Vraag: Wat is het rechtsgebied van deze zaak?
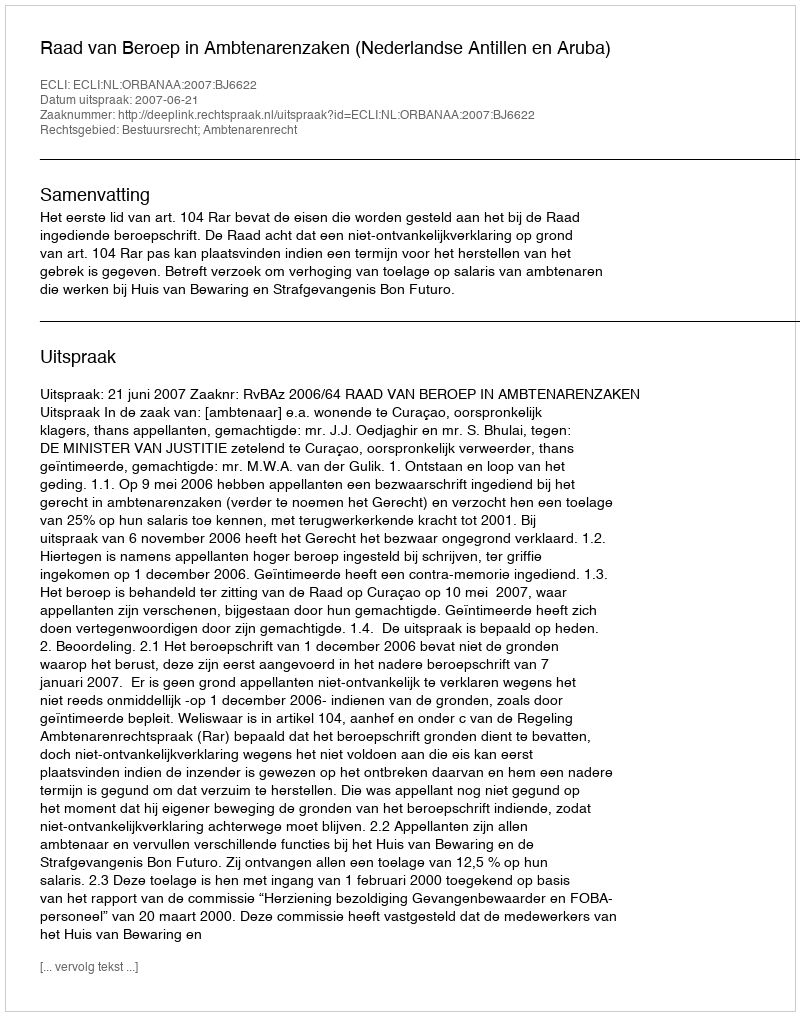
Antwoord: Bestuursrecht; Ambtenarenrecht